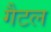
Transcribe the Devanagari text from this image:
गैटल